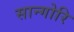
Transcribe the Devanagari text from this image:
सान्गोरि